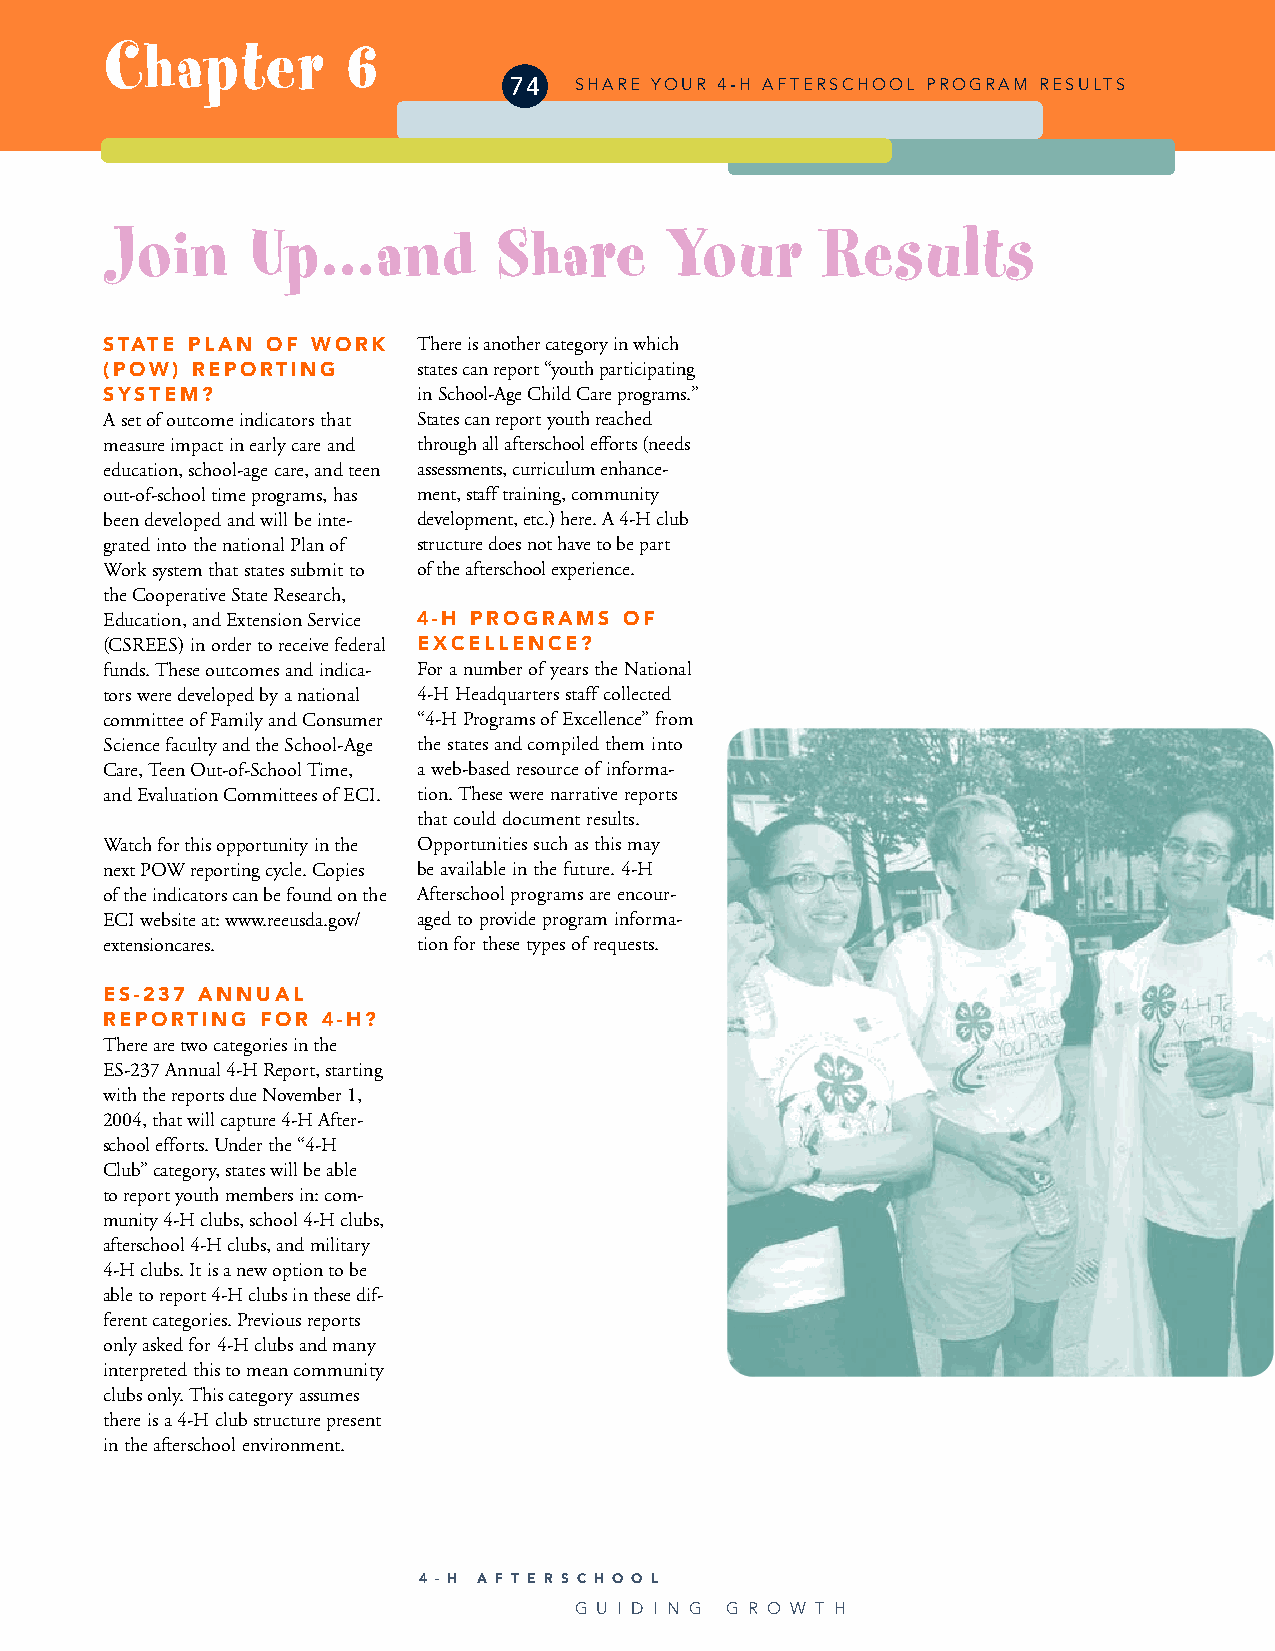
Chapter         6
 74  SHARE YOUR 4-H AFTERSCHOOL PROGRAM RESULTS
 Join      Up…and          Share      Your      Results
 STATE PLAN OF WORK   There is another category in which
 (POW) REPORTING      states can report “youth participating
 SYSTEM?              in School-Age Child Care programs.”
 A set of outcome indicators that States can report youth reached
 measure impact in early care and through all afterschool efforts (needs
 education, school-age care, and teen assessments, curriculum enhance-
 out-of-school time programs, has ment, staff training, community
 been developed and will be inte- development, etc.) here. A 4-H club
 grated into the national Plan of structure does not have to be part
 Work system that states submit to of the afterschool experience.
 the Cooperative State Research,
 Education, and Extension Service 4-H PROGRAMS OF
 (CSREES) in order to receive federal EXCELLENCE?
 funds. These outcomes and indica- For a number of years the National
 tors were developed by a national 4-H Headquarters staff collected
 committee of Family and Consumer “4-H Programs of Excellence” from
 Science faculty and the School-Age the states and compiled them into
 Care, Teen Out-of-School Time, a web-based resource of informa-
 and Evaluation Committees of ECI. tion. These were narrative reports
 that could document results.
 Watch for this opportunity in the Opportunities such as this may
 next POW reporting cycle. Copies be available in the future. 4-H
 of the indicators can be found on the Afterschool programs are encour-
 ECI website at: www.reeusda.gov/ aged to provide program informa-
 extensioncares.      tion for these types of requests.
 ES-237 ANNUAL
 REPORTING FOR 4-H?
 There are two categories in the
 ES-237 Annual 4-H Report, starting
 with the reports due November 1,
 2004, that will capture 4-H After-
 school efforts. Under the “4-H
 Club” category, states will be able
 to report youth members in: com-
 munity 4-H clubs, school 4-H clubs,
 afterschool 4-H clubs, and military
 4-H clubs. It is a new option to be
 able to report 4-H clubs in these dif-
 ferent categories. Previous reports
 only asked for 4-H clubs and many
 interpreted this to mean community
 clubs only. This category assumes
 there is a 4-H club structure present
 in the afterschool environment.
 4 - H A F T E R S C H O O L
 G U I D I N G G R O W T H